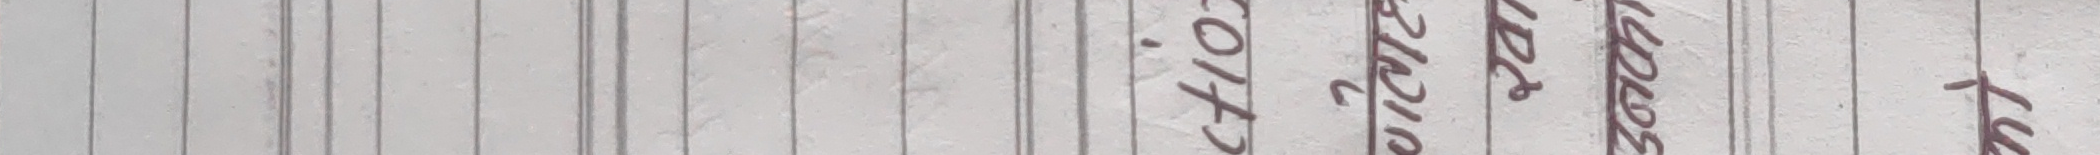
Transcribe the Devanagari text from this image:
तू suppose
३६२५
C.I.T. No.